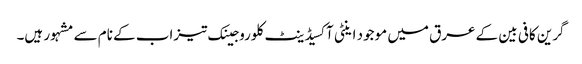
گرین کافی بین کے عرق میں موجود اینٹی آکسیڈینٹ کلوروجینک تیزاب کے نام سے مشہور ہیں۔